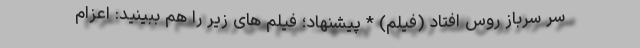
سر سرباز روس افتاد (فیلم) * پیشنهاد؛ فیلم‌ های زیر را هم ببینید: اعزام